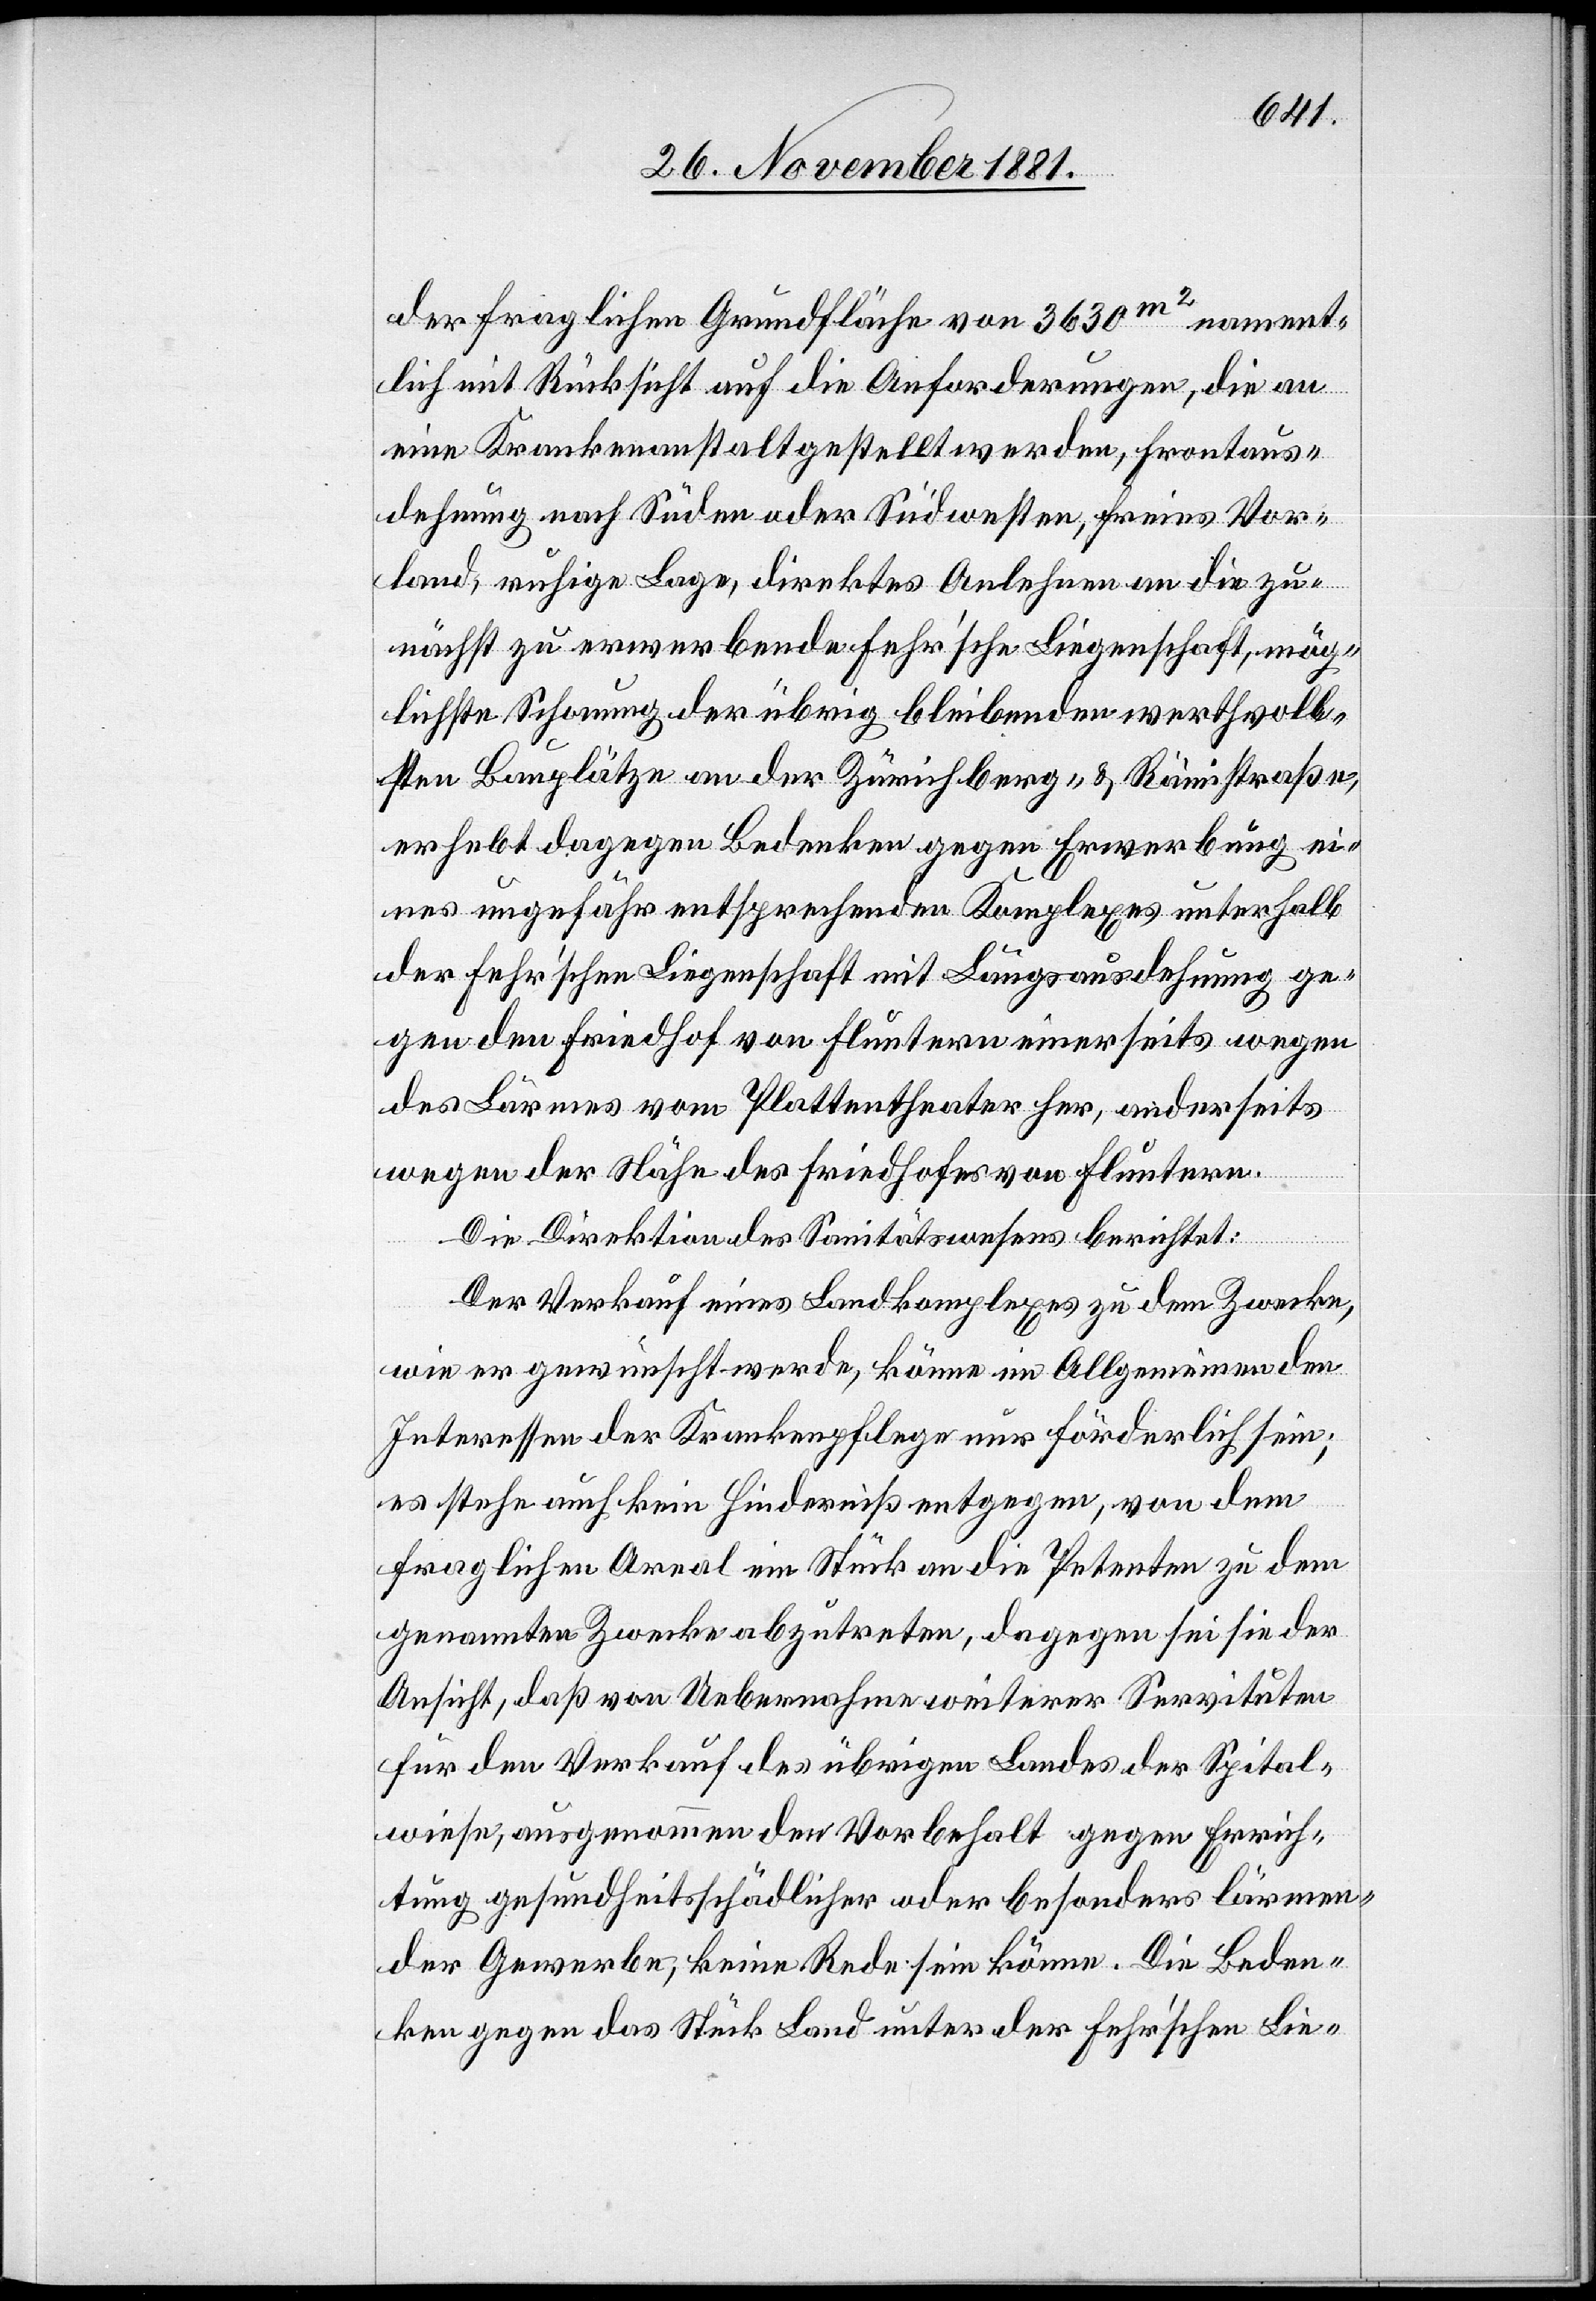
der fraglichen Grundfläche von 3630 m2 nament¬
lich mit Rücksicht auf die Anforderungen, die an
eine Krankenanstalt gestellt werden, Frontaus¬
dehnung nach Süden oder Südwesten, freies Vor¬
land, ruhige Lage, direktes Anlehnen an die zu¬
nächst zu erwerbende Fehr‘sche Liegenschaft, mög¬
lichste Schonung der übrig bleibenden werthvoll¬
sten Bauplätze an der Zürichberg- & Rämistraße,
erhebt dagegen Bedenken gegen Erwerbung ei¬
nes ungefähr entsprechenden Komplexes unterhalb
der Fehr’schen Liegenschaft mit Längsausdehnung ge¬
gen den Friedhof von Fluntern einerseits wegen
des Lärmes vom Plattentheater her, anderseits
wegen der Nähe des Friedhofes von Fluntern.
Die Direktion des Sanitätswesens berichtet:
Der Verkauf eines Landkomplexes zu dem Zwecke,
wie er gewünscht werde, könne im Allgemeinen den
Interessen der Krankenpflege nur förderlich sein;
es stehe auch kein Hinderniß entgegen, von dem
fraglichen Areal ein Stück an die Petenten zu dem
genannten Zwecke abzutreten, dagegen sei sie der
Ansicht, daß von Uebernahme weiterer Servituten
für den Verkauf des übrigen Landes der Spital¬
wiese, ausgenommen den Vorbehalt gegen Errich¬
tung gesundheitsschädlicher oder besonders lärmen¬
der Gewerbe, keine Rede sein könne. Die Beden¬
ken gegen das Stück Land unter der Fehr‘schen Lie-